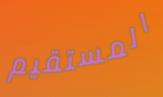
المستقيم